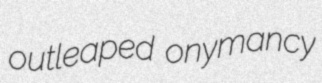
outleaped onymancy